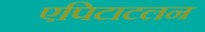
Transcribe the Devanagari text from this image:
एपिटाटलन